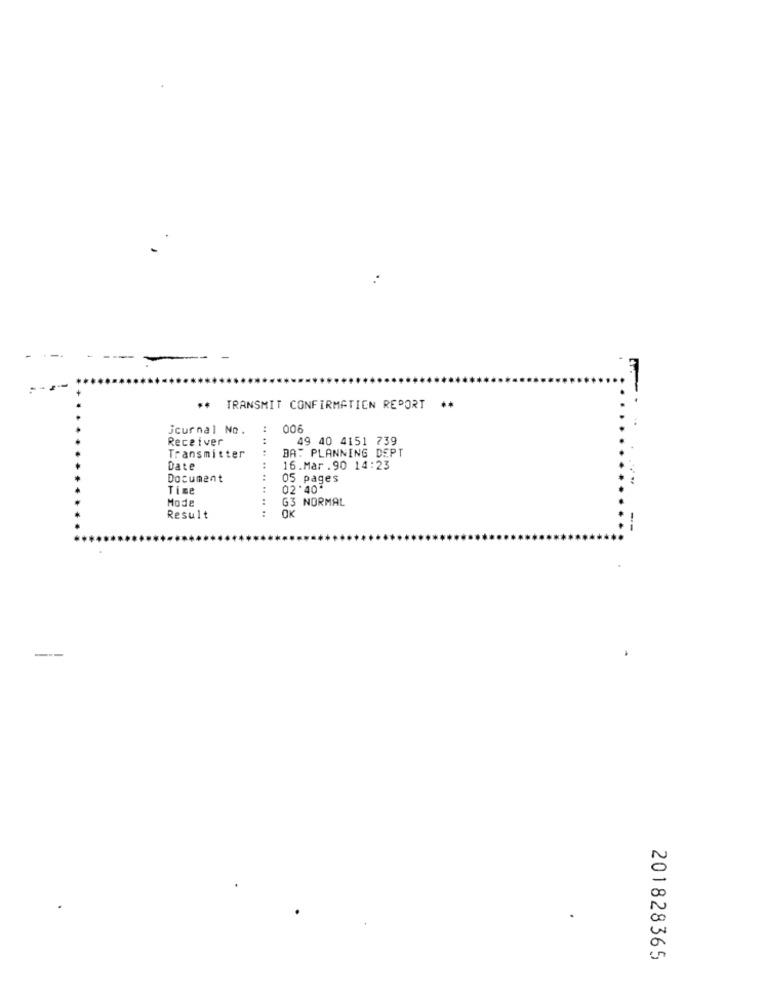
-
** TRANSMIT CONFIRMATION REPORT **
journal No.
006
Receiver
49 40 4151 739
BA: PLANNING DEPT
Transmitter
Date
16.Mar .90 14:23
Document
05 pages
Time
.. .. .. .. .. ..
02'40*
Mode
G3 NORMAL
....
OK
Result
--
201828365